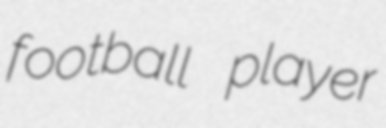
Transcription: football player